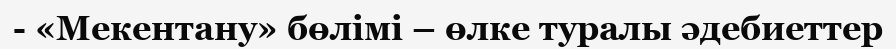
- «Мекентану» бөлімі – өлке туралы әдебиеттер